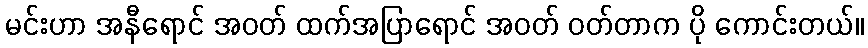
မင်းဟာ အနီရောင် အဝတ် ထက်အပြာရောင် အဝတ် ဝတ်တာက ပို ကောင်းတယ်။